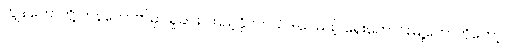
ကျွန်တော်တို့ ဘန်ကောက်မှာ ရှုခင်း ကြည့်နိုင်တယ်ဒါပေမယ့် ရှေးဟောင်းမြို့တော်ကိုတော့